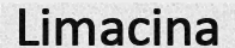
Limacina